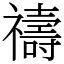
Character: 禱